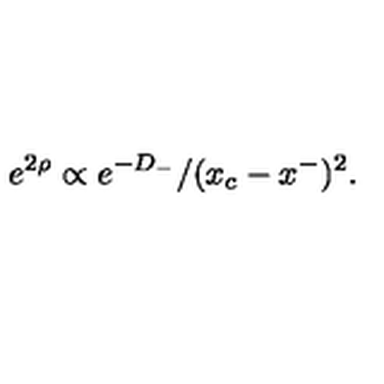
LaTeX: \: e ^ { 2 \rho } \propto e ^ { - D _ { - } } / ( x _ { c } - x ^ { - } ) ^ { 2 } . \: